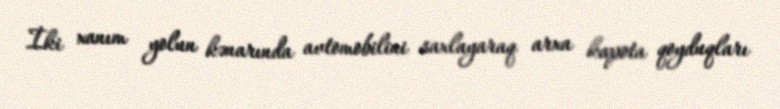
İki xanım yolun kənarında avtomobilini saxlayaraq arxa kapota qoyduqları